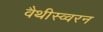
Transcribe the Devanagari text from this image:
वैथीस्व्वरन